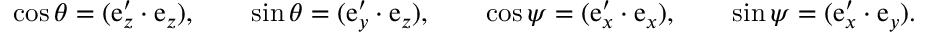
\begin{array} { r } { \cos \theta = ( \boldsymbol { \mathrm { e } } _ { z } ^ { \prime } \cdot \boldsymbol { \mathrm { e } } _ { z } ) , \qquad \sin \theta = ( \boldsymbol { \mathrm { e } } _ { y } ^ { \prime } \cdot \boldsymbol { \mathrm { e } } _ { z } ) , \qquad \cos \psi = ( \boldsymbol { \mathrm { e } } _ { x } ^ { \prime } \cdot \boldsymbol { \mathrm { e } } _ { x } ) , \qquad \sin \psi = ( \boldsymbol { \mathrm { e } } _ { x } ^ { \prime } \cdot \boldsymbol { \mathrm { e } } _ { y } ) . } \end{array}